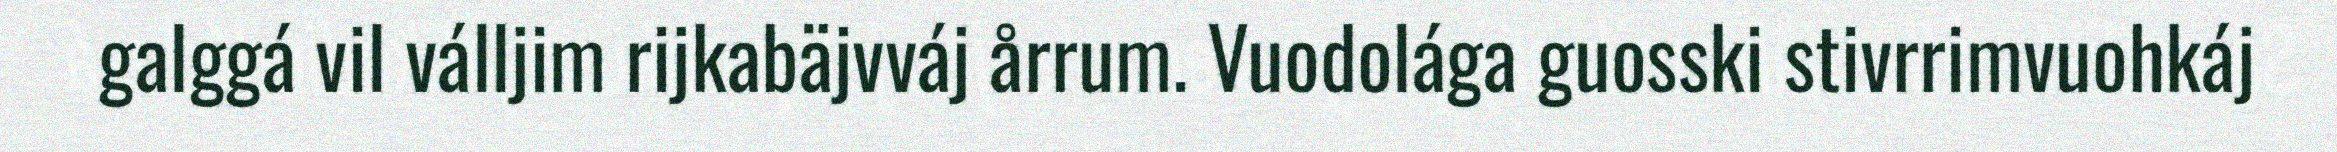
galggá vil válljim rijkabäjvváj årrum. Vuodolága guosski stivrrimvuohkáj